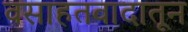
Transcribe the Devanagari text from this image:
वसाहतवादातून